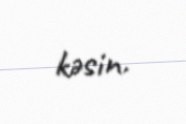
kəsin.